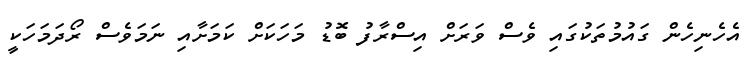
އެހެނިހެން ގައުމުތަކުގައި ވެސް ވަރަށް އިސްރާފު ބޮޑު މަހަކަށް ކަމަށާއި ނަމަވެސް ރޯދަމަހަކީ